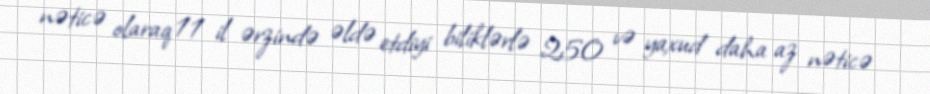
nəticə olaraq 11 il ərzində əldə etdiyi biliklərlə 250 və yaxud daha az nəticə